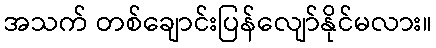
အသက် တစ်ချောင်းပြန်လျော်နိုင်မလား။